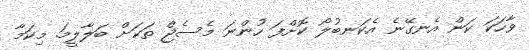
ވާހަކަ ކަން އެނގޭނެ އެކަނބުލޯ ކޮށްފަ ހުންނަ މެސެޖް ތަކަށް ބަލާލީމަ. މިކަމާ